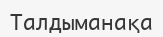
Талдыманақа